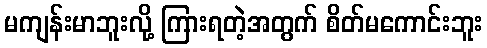
မကျန်းမာဘူးလို့ ကြားရတဲ့အတွက် စိတ်မကောင်းဘူး